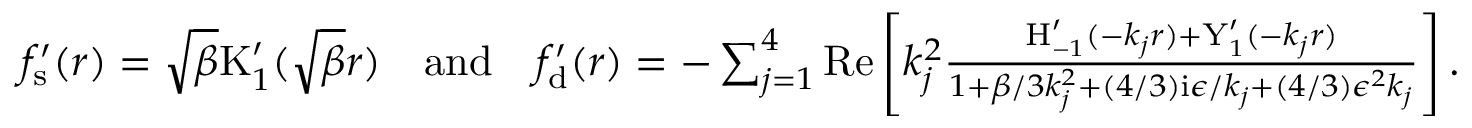
\begin{array} { r } { f _ { \mathrm { s } } ^ { \prime } ( r ) = \sqrt { \beta } \mathrm { K } _ { 1 } ^ { \prime } ( \sqrt { \beta } r ) \quad \mathrm { a n d } \quad f _ { \mathrm { d } } ^ { \prime } ( r ) = - \sum _ { j = 1 } ^ { 4 } \mathrm { R e } \left[ k _ { j } ^ { 2 } \frac { \mathrm { H } _ { - 1 } ^ { \prime } ( - k _ { j } r ) + \mathrm { Y } _ { 1 } ^ { \prime } ( - k _ { j } r ) } { 1 + \beta / 3 k _ { j } ^ { 2 } + ( 4 / 3 ) \mathrm { i } \epsilon / k _ { j } + ( 4 / 3 ) \epsilon ^ { 2 } k _ { j } } \right] . } \end{array}